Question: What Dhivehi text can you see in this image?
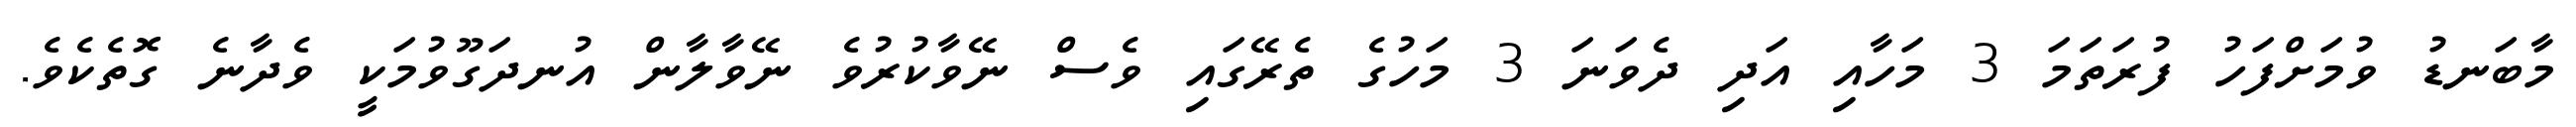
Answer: މާބަނޑު ވުމަށްފަހު ފުރަތަމަ 3 މަހާއި އަދި ދެވަނަ 3 މަހުގެ ތެރޭގައި ވެސް ނޭވާކުރުވެ ނޭވާލާން އުނދަގޫވުމަކީ ވެދާނެ ގޮތެކެވެ.